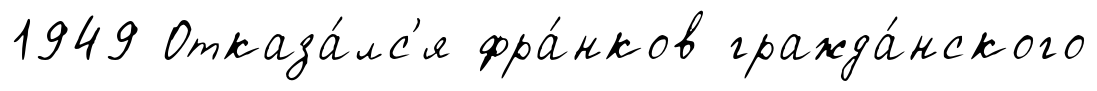
1949 Отказа́лс'я фра́нков гражда́нского